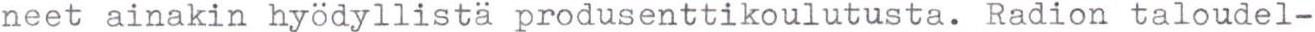
neet ainakin hyödyllistä produsenttikoulutusta. Radion taloudel-